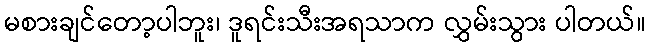
မစားချင်တော့ပါဘူး၊ ဒူရင်းသီးအရသာက လွှမ်းသွား ပါတယ်။